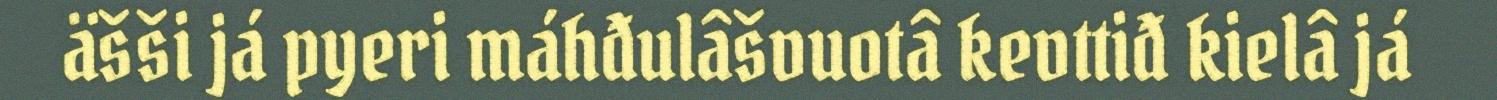
äšši já pyeri máhđulâšvuotâ kevttiđ kielâ já